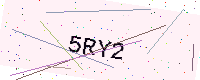
Text: 5RY2